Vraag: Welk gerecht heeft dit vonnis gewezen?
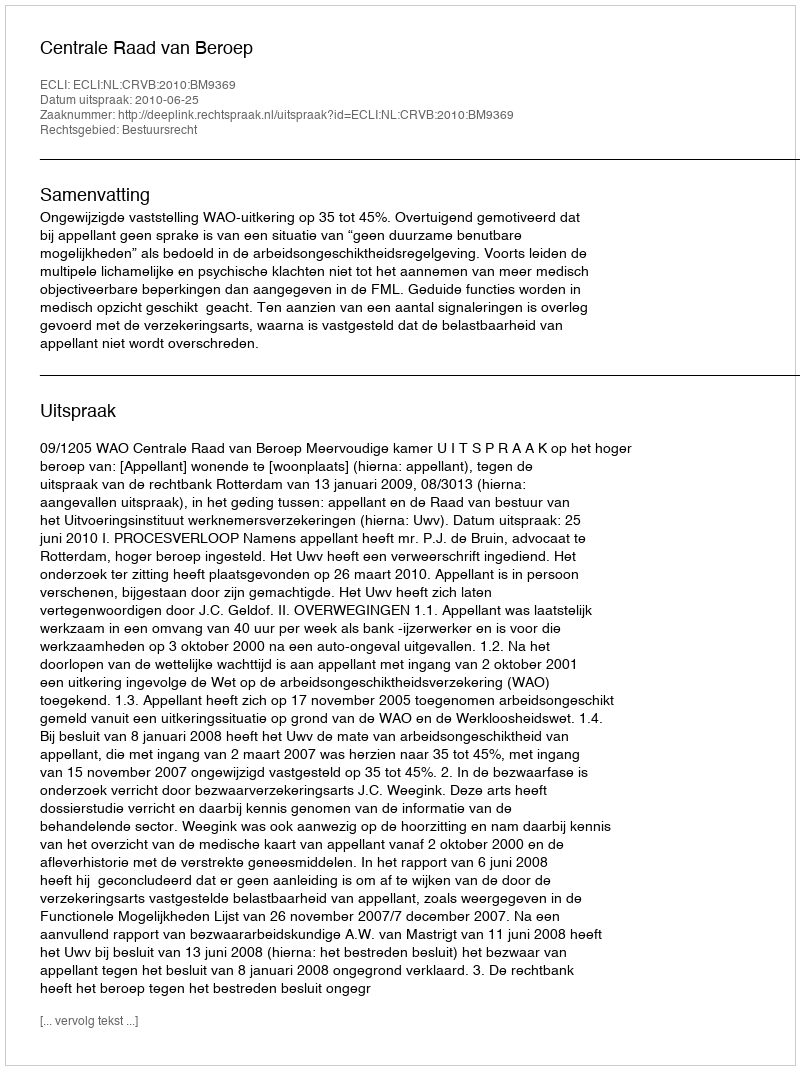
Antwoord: Centrale Raad van Beroep